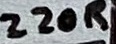
Text: 220R